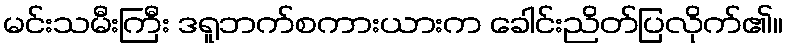
မင်းသမီးကြီး ဒရူဘက်စကားယားက ခေါင်းညိတ်ပြလိုက်၏။